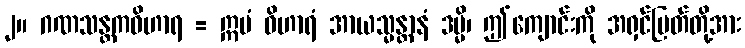
၂။ ဂဏသန္တကဝိဟာရ = ဣမံ ဝိဟာရံ အာယသ္မန္တာနံ ဒမ္မိ၊ ဤကျောင်းကို အရှင်မြတ်တို့အား